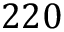
2 2 0